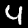
Digit: 4